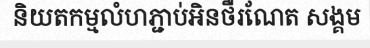
និយតកម្មលំហភ្ជាប់អិនថឺរណែត សង្គម